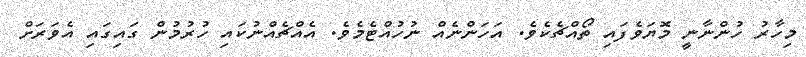
މިހާރު ހުންނާނީ މޮޔަވެފައި ތޯއްޗެކެވެ. އަހަންނެއް ނުހުއްޓެމެވެ. އެއްޗެއްނުކައި ހުރުމުން ގައިގައި އެވަރަށް